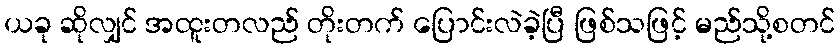
ယခု ဆိုလျှင် အထူးတလည် တိုးတက် ပြောင်းလဲခဲ့ပြီ ဖြစ်သဖြင့် မည်သို့စတင်